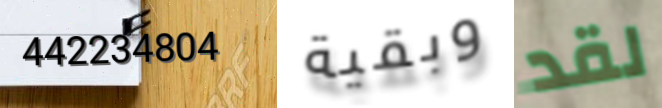
442234804 وبقية لقد